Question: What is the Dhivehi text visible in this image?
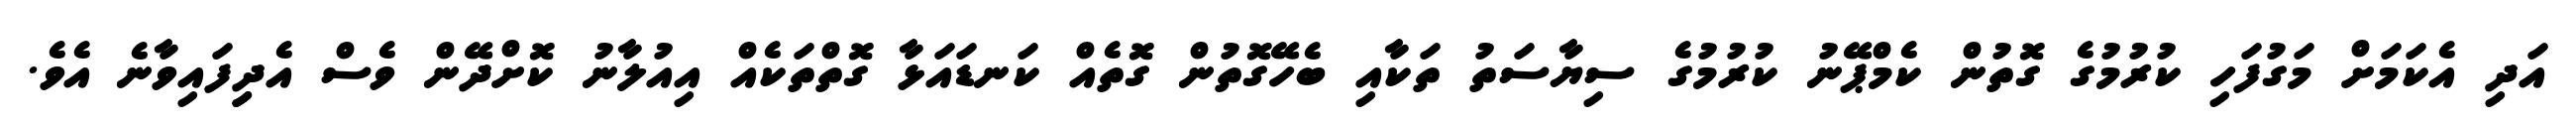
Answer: އަދި އެކަމަށް މަގުފަހި ކުރުމުގެ ގޮތުން ކެމްޕޭނު ކުރުމުގެ ސިޔާސަތު ތަކާއި ބެހޭގޮތުން ގޮތެއް ކަނޑައަޅާ ގޮތްތަކެއް އިއުލާނު ކޮށްދޭން ވެސް އެދިިފައިވާނެ އެވެ.